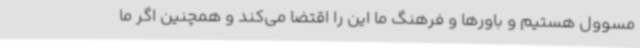
مسوول هستیم و باورها و فرهنگ ما این را اقتضا می‌کند و همچنین اگر ما